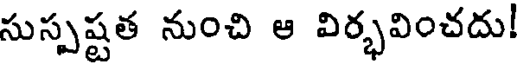
సుస్పష్టత నుంచి ఆ విర్భవించదు!